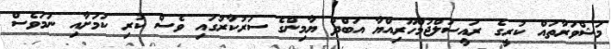
މަޝްވަރާތައް ކުރީގެ ރައީސުލްޖުމްހޫރިއްޔާ އަބްދު ޔާމިންގެ ސަރުކާރުގައި ވެސް ކުރި ކަމަށާއި ނަމަވެސް